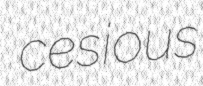
cesious